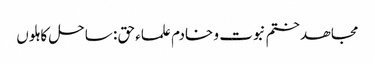
مجاھد ختم نبوت و خادم علماء حق : ساحل کاہلوں